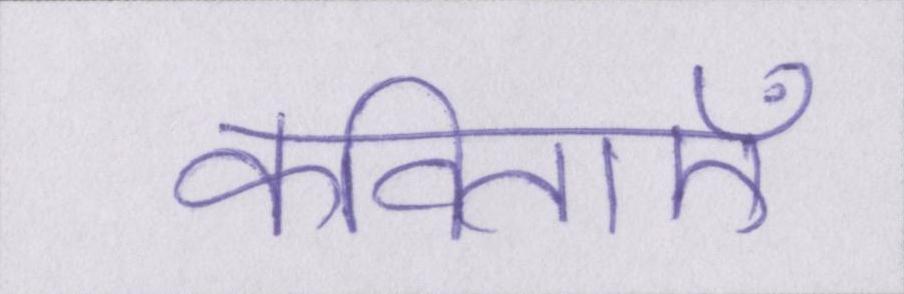
कविताएँ